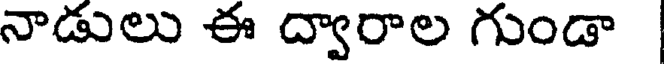
నాడులు ఈ ద్వారాల గుండా